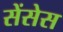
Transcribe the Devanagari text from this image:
सेंसेस